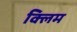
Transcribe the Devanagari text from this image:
क्लिम